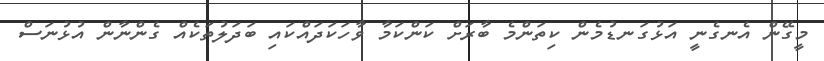
މީގޭން އެނގެނީ އަޅުގަނޑުމެން ކިތަންމެ ބާރަށް ކަންކަމާ ވާހަކަދައްކައި ބަދަލުތަކެއް ގެންނާން އުޅުނަސް